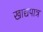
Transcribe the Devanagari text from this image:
खाद्यपात्र